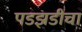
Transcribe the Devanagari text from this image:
पडझडीचा